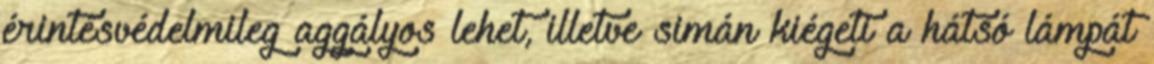
érintésvédelmileg aggályos lehet, illetve simán kiégeti a hátsó lámpát